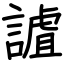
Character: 謯